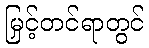
မြှင့်တင်ရာတွင်